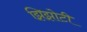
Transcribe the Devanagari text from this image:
झिझोटी